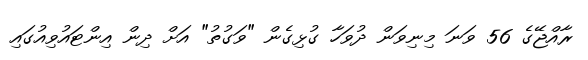
ރާއްޖޭގެ 56 ވަނަ މިނިވަން ދުވަހާ ގުޅިގެން "ވަގުތު" އަށް ދިން އިންޓައުވިއުގައި